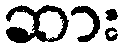
ဆား